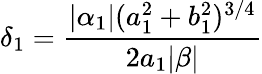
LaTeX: \delta_{1}=\frac{|\alpha_{1}|(a_{1}^{2}+b_{1}^{2})^{3/4}}{2a_{1}|\beta|}